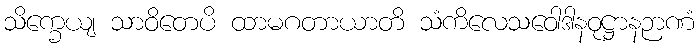
သိက္ခေယျ သာဝိတေပိ ထာမဂတာယာတိ သံကိလေသဝေါဒါနဝုဋ္ဌာနဉာဏံ